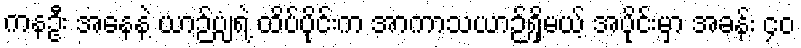
ကနဦး အနေနဲ့ ယာဉ်ပျံရဲ့ ထိပ်ပိုင်းက အာကာသယာဉ်ရှိမယ့် အပိုင်းမှာ အခန်း ၄၀